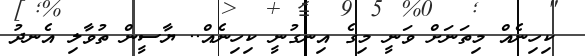
ކިހިނެއް މިތަނަށް ވަނީ މިގެ އިނގުނީ ކިހިނެއް.. ޔާސީން ތުވާލި އެނދު